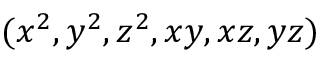
( x ^ { 2 } , y ^ { 2 } , z ^ { 2 } , x y , x z , y z )